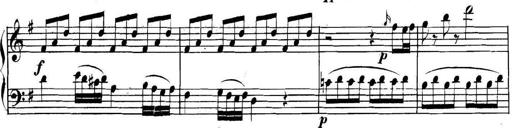
Title: Collected Piano Sonatas
Composer: Muzio Clementi